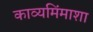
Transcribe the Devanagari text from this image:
काव्यमिंमाशा